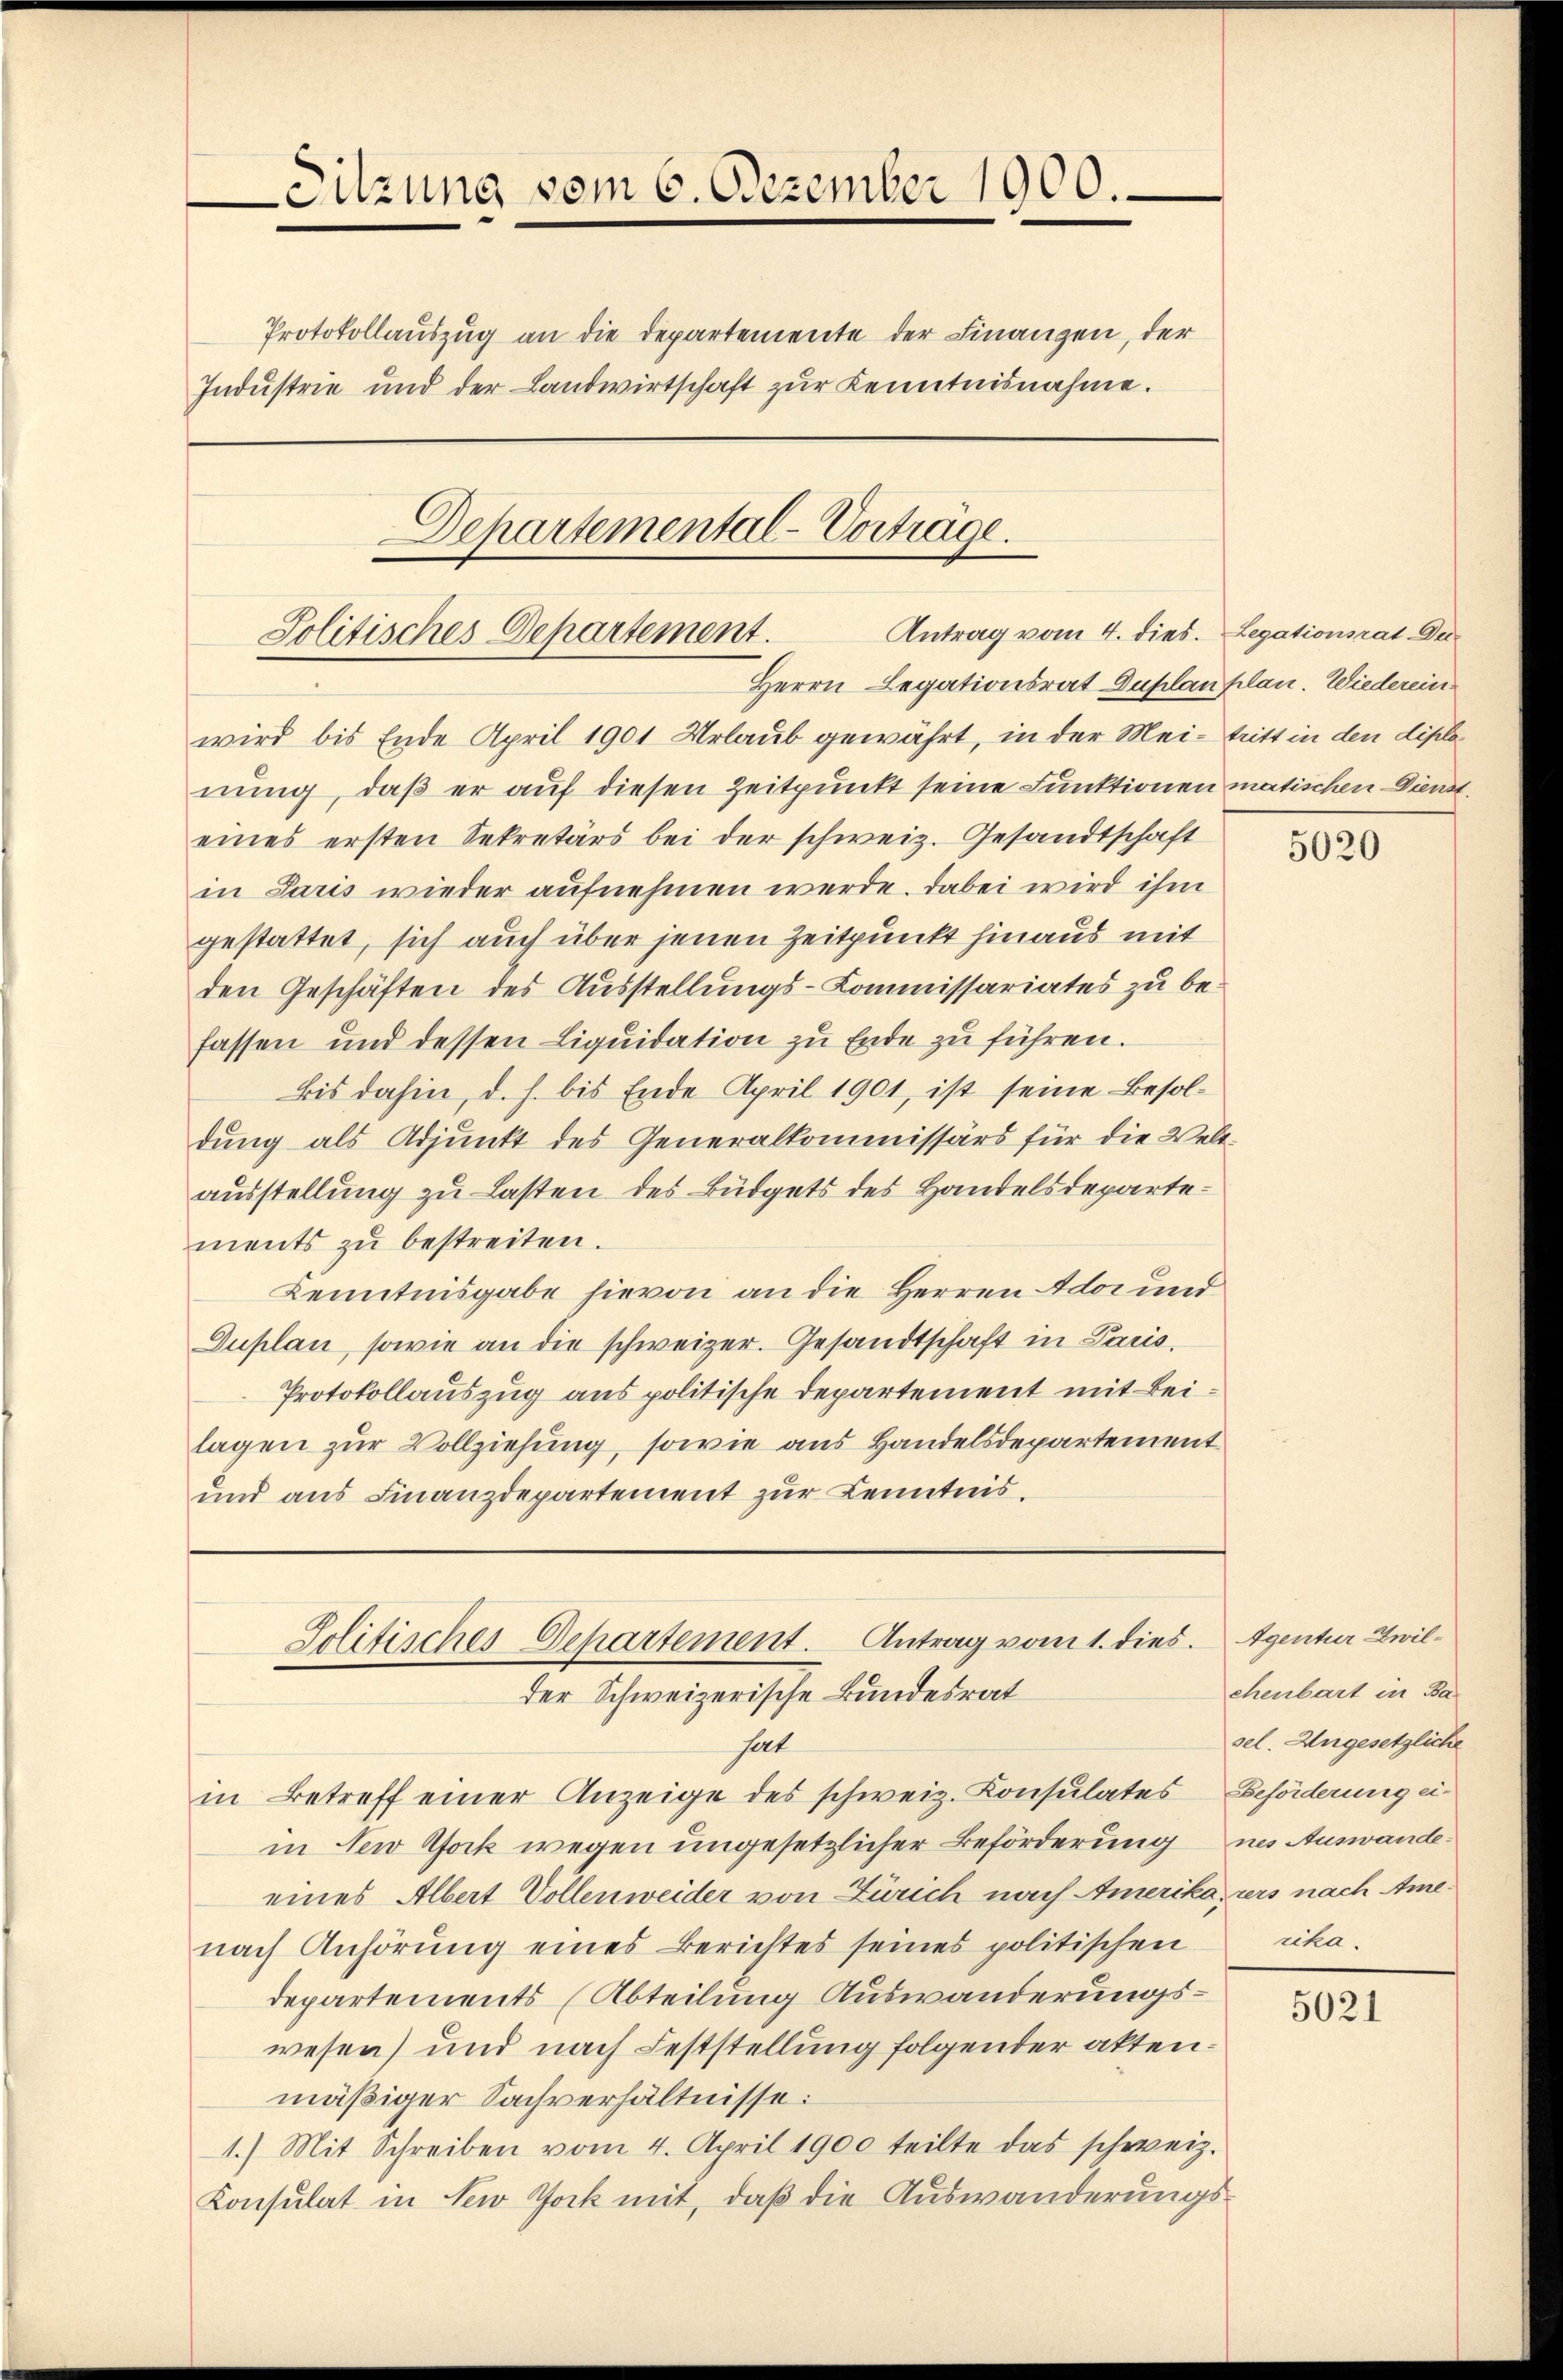
Sitzung vom 6. Dezember 1900.
Protokollauszug an die Departemente der Finanzen, der
Industrie und der Landwirtschaft zur Kenntnisnahme.
Departemental-Vorträge.
Antrag vom 4. dies. Legationsrat De¬
Solitisches Departement.

Jolitisches Departement. Antrag vom 1. dies
der Schweizerische Bundesrat

Herrn Legationsrat Duplanplan. Wiedereinwird bis Ende April 1901 Urlaub gewährt, in der Mei- tritt in den diplonung, daß er auf diesen Zeitpunkt seine Funktionen matischen Dienst.
eines ersten Sekretärs bei der schweiz. Gesandtschaft
in Paris wieder aufnehmen werde. Dabei wird ihm
gestattet, sich auch über jenen Zeitpunkt hinaus mit
den Geschäften des Ausstellungs-Kommissariates zu befassen und dessen Liquidation zu Ende zu führen.
bis dahin, d. h. bis Ende April 1901, ist seine Besoldung als Adjunkt des Generalkommissärs für die Welt-
ausstellung zu Lasten des Büdgets des Handelsdepartements zu bestreiten.
Kenntnisgabe hievon an die Herren Ador und
Duplan, sowie an die schweizer. Gesandtschaft in Paris
Protokollauszug aus politische Departement mit Beilagen zur Vollziehung, sowie aus Handelsdepartement
und aus Finanzdepartement zur Kenntnis.

hat
in Betreff einer Anzeige des schweiz. Konsulates Beförderung ei-
in New York wegen ungesetzlicher Beförderung nes Auswandeeines Albert Vollenweider von Zürich nach Amerika, zers nach Amenach Anhörung eines Berichtes seines politischen
departements (Abteilung Auswanderungswesen) und nach Feststellung folgender aktenmäßiger Sachverhältnisse:
1.) Mit Schreiben vom 4. April 1900 teilte das schweiz.
Konsulat in New Jock mit, daß die Auswanderungs¬

5020

Agentur Zwil-
chenbart in Ba
sel. Angesetzliche
rika.

5021